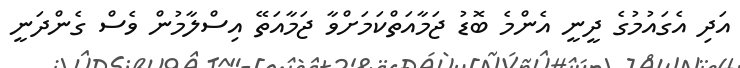
އަދި އެގައުމުގެ ދީނީ އެންމެ ބޮޑު ޖަމާއަތްކަމަށްވާ ޖަމާއަތޭ އިސްލާމުން ވެސް ގެންދަނީ